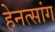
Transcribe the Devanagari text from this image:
हेनत्सांग